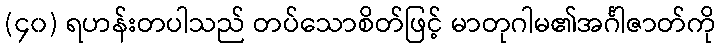
(၄၀) ရဟန်းတပါသည် တပ်သောစိတ်ဖြင့် မာတုဂါမ၏အင်္ဂါဇာတ်ကို